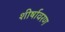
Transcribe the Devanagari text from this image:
शीर्षावरण